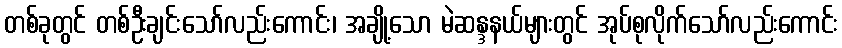
တစ်ခုတွင် တစ်ဦးချင်းသော်လည်းကောင်း၊ အချို့သော မဲဆန္ဒနယ်များတွင် အုပ်စုလိုက်သော်လည်းကောင်း